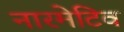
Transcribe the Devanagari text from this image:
नारमेटिव